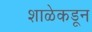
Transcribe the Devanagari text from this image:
शाळेकडून